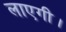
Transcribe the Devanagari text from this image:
लाएगी।